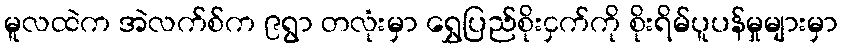
မူလထဲက အဲလက်စ်က ၉ရွာ တလုံးမှာ ရွှေပြည်စိုးငှက်ကို စိုးရိမ်ပူပန်မှုများမှာ